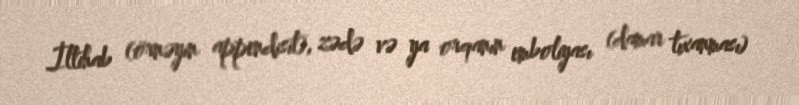
İltihab (örnəyin appendisit), zədə və ya orqanın emboliyası (damar tıxanması)